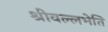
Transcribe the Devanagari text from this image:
श्रीवल्लभेति